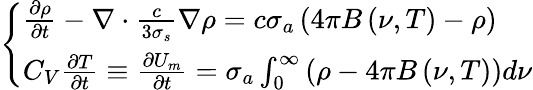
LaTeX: \left\{ \begin{array}{l}{{\frac{\partial\rho}{\partial t}-\nabla\cdot\frac{c}{3\sigma_{s}}\nabla\rho=c\sigma_{a}\left(4\pi B\left(\nu,T\right)-\rho\right)}}\\ {{C_{V}\frac{\partial T}{\partial t}\equiv\frac{\partial U_{m}}{\partial t}=\sigma_{a}\int_{0}^{\infty}\left(\rho-4\pi B\left(\nu,T\right)\right)d\nu}}\end{array}\right.